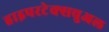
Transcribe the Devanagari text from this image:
हाइपरटेक्सचुअल